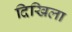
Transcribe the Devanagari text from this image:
दिखिला